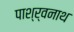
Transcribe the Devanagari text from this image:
पाश्र्वनाथ